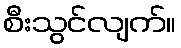
စီးသွင်လျက်။